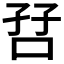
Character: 𫩼